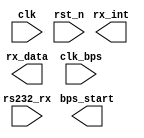
module Uart_Rx(
	clk,rst_n,
	rs232_rx,rx_data,rx_int,
	clk_bps,bps_start
);

input clk;            //50MHz
input rst_n;
input rs232_rx;       //Rs232
input clk_bps;        //clk_bps
output bps_start;     //
output[7:0] rx_data;  //
output rx_int;        //

//----------------------------------------------------------
reg rs232_rx0,rs232_rx1,rs232_rx2,rs232_rx3;      //
wire neg_rs232_rx;                                //

always @(posedge clk or negedge rst_n) begin
	if(!rst_n) begin
		rs232_rx0 <= 1'b0;
		rs232_rx1 <= 1'b0;
		rs232_rx2 <= 1'b0;
		rs232_rx3 <= 1'b0;
	end 
	else begin
		rs232_rx0 <= rs232_rx;
		rs232_rx1 <= rs232_rx0;
		rs232_rx2 <= rs232_rx1;
		rs232_rx3 <= rs232_rx2;
	end
end
//<20ns-40ns()
// 
//40ns
assign neg_rs232_rx = rs232_rx3 & rs232_rx2 & ~rs232_rx1 & ~rs232_rx0;	//neg_rs232_rx
//---------------------------------------------------------------




endmodule